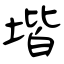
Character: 堦